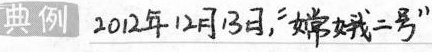
典例 2012年12月13日,"嫦娥二号"